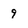
Character: 9